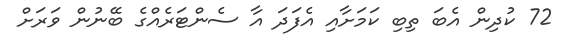
72 ކުދިން އެބަ ތިބި ކަމަށާއި އެފަދަ އާ ސެންޓަރެއްގެ ބޭނުން ވަރަށް